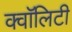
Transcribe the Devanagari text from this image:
क्वॉलिटी